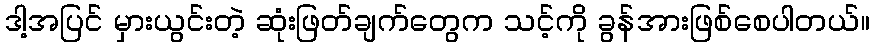
ဒါ့အပြင် မှားယွင်းတဲ့ ဆုံးဖြတ်ချက်တွေက သင့်ကို ခွန်အားဖြစ်စေပါတယ်။